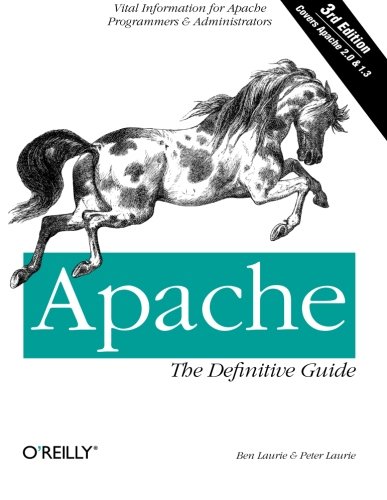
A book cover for Apache: The Definitive Guide (3rd Edition); Ben Laurie; Computers & Technology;